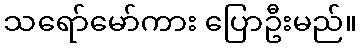
သရော်မော်ကား ပြောဦးမည်။